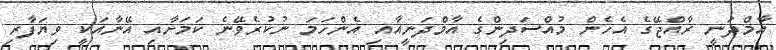
އާމްދަނީ ރާއްޖޭގެ އެހެން މުއްސަދިންގެ އާމްދަނީއާއި އެންހަމަ ނުކުރެވޭނެ ކަމަށާއި އޭނާއަކީ ވިޔަފާރި